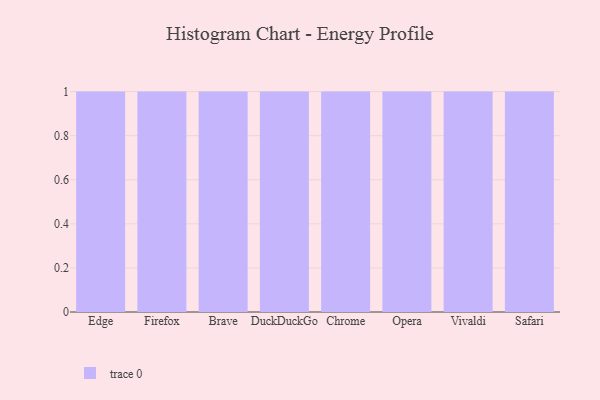
{"axis": {"x": "Browser", "y": "Inventory Turnover"}, "legend": [""], "data": [{"x": "Edge", "y": 19, "type": ""}, {"x": "Firefox", "y": 53, "type": ""}, {"x": "Brave", "y": 23, "type": ""}, {"x": "DuckDuckGo", "y": 27, "type": ""}, {"x": "Chrome", "y": 19, "type": ""}, {"x": "Opera", "y": 86, "type": ""}, {"x": "Vivaldi", "y": 38, "type": ""}, {"x": "Safari", "y": 85, "type": ""}]}